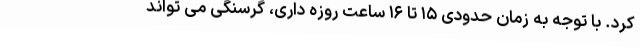
کرد. با توجه به زمان حدودی ۱۵ تا ۱۶ ساعت روزه داری، گرسنگی می تواند